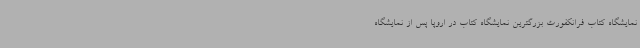
نمایشگاه کتاب فرانکفورت بزرگترین نمایشگاه کتاب در اروپا پس از نمایشگاه